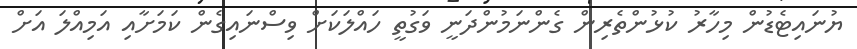
ޔުނައިޓެޑުން މިހާރު ކުޅުންތެރިން ގެންނަމުންދަނީ ވަގުތީ ހައްލަކަށް ވިސްނައިގެން ކަމަށާއި އަމިއްލަ އަށް